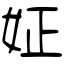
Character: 姃